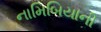
નામિબિયાની